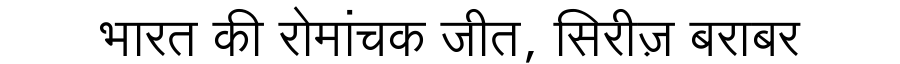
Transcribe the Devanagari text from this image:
भारत की रोमांचक जीत, सिरीज़ बराबर